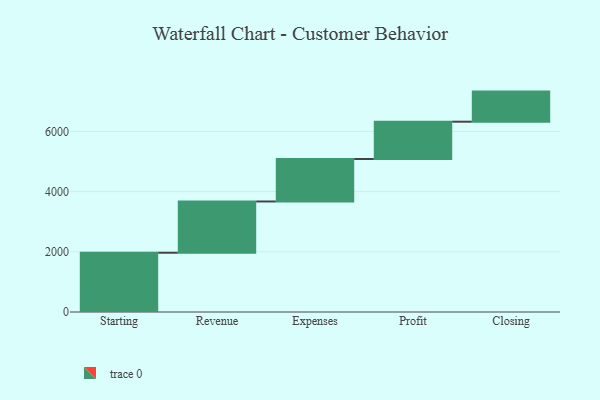
{"axis": {"x": "Step", "y": "Value"}, "legend": [""], "data": [{"x": "Starting", "y": 1969.0, "type": ""}, {"x": "Revenue", "y": 1703.0, "type": ""}, {"x": "Expenses", "y": 1411.0, "type": ""}, {"x": "Profit", "y": 1240.0, "type": ""}, {"x": "Closing", "y": 1000, "type": ""}]}